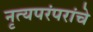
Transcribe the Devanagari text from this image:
नृत्यपरंपरांचे